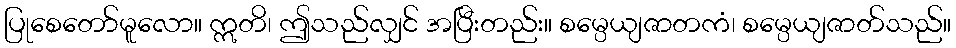
ပြုစေတော်မူလော။ ဣတိ၊ ဤသည်လျှင် အပြီးတည်း။ စမ္ပေယျဇာတကံ၊ စမ္ပေယျဇာတ်သည်။